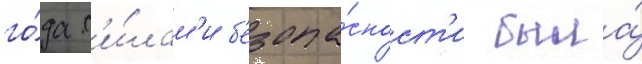
го́да с'и́лам'и б'езопа́сност'и была́